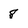
Character: 8